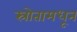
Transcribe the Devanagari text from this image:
स्रोतामधून